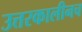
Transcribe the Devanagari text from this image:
उत्तरकालीनच